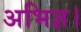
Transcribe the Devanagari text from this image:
अभिज्ञ।